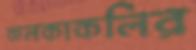
কলকাকলির